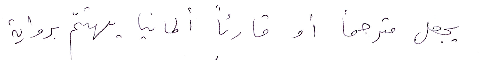
يجعل مترجمًا أو قارئًا ألمانيا يهتمّ برواية